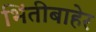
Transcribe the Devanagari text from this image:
भिंतीबाहेर